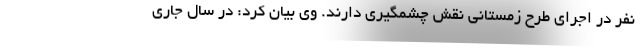
نفر در اجرای طرح زمستانی نقش چشمگیری دارند. وی بیان کرد: در سال جاری